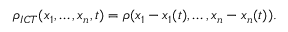
\begin{array} { r } { \rho _ { I C T } ( x _ { 1 } , \dots , x _ { n } , t ) = \rho ( x _ { 1 } - x _ { 1 } ( t ) , \dots , x _ { n } - x _ { n } ( t ) ) . } \end{array}